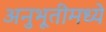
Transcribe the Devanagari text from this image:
अनुभूतीमध्ये